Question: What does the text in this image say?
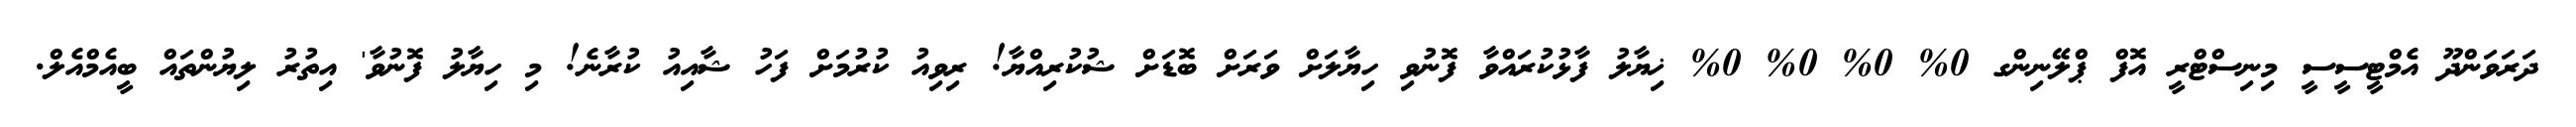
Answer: ދަރަވަންދޫ އެމްޓީސީސީ މިނިސްޓްރީ އޮފް ޕްލޭނިންގ 0% 0% 0% 0% ޚިޔާލު ފާޅުކުރައްވާ ފޮނުވި ހިޔާލަށް ވަރަށް ބޮޑަށް ޝުކުރިއްޔާ! ރިވިއު ކުރުމަށް ފަހު ޝާއިއު ކުރާނެ! މި ހިޔާލު ފޮނުވާ' އިތުރު ލިޔުންތައް ބީއެމްއެލް.